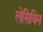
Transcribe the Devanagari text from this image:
लेसिविन